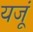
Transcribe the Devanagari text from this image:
यजूं